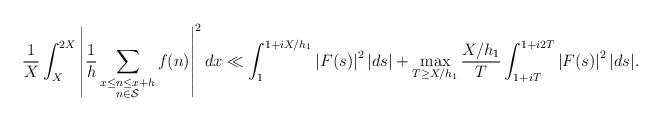
LaTeX: \begin{align*}\frac{1}{X} \int_{X}^{2X} \left|\frac{1}{h} \sum_{\substack{x \leq n \leq x+h \\ n \in \mathcal{S}}} f(n) \right|^2 dx \ll \int_{1}^{1+iX/h_1} \left|F(s)\right|^2 |ds| + \max_{T \geq X/h_1} \frac{X/h_1}{T} \int_{1+iT}^{1+i2T} \left|F(s)\right|^2 |ds|.\end{align*}